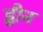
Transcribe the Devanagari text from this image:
ह्वीन